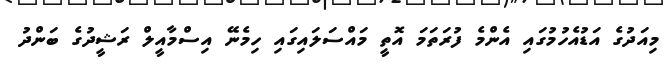
މިއަދުގެ އަޑުއެހުމުގައި އެންމެ ފުރަތަމަ އޮތީ މައްސަލައިގައި ހިމެނޭ އިސްމާއީލް ރަޝީދުގެ ބަންދު